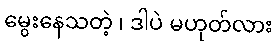
မွေးနေသတဲ့ ၊ ဒါပဲ မဟုတ်လား